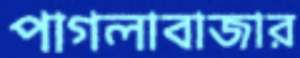
পাগলাবাজার